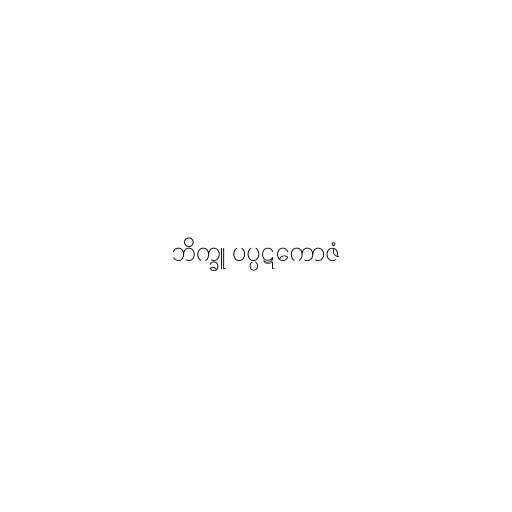
ဘိက္ခူ ပပ္ပဋကောဇံ